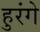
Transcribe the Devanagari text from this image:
हुरंगे